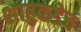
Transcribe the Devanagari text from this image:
शाहुकडेच